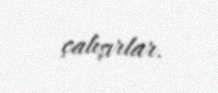
çalışırlar.